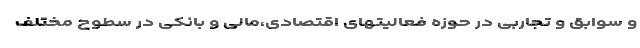
و سوابق و تجاربی در حوزه فعالیتهای اقتصادی،مالی و بانکی در سطوح مختلف